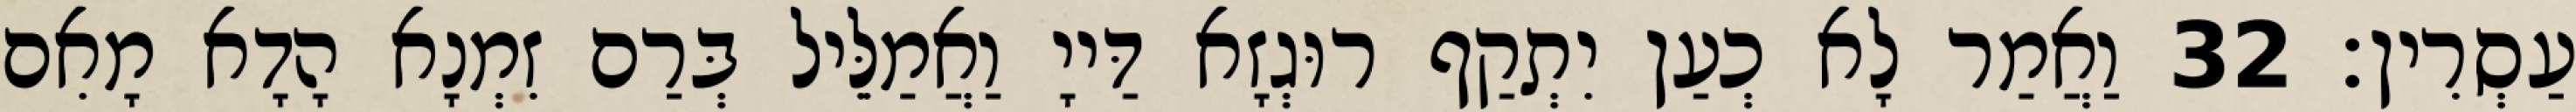
עַסְרִין׃ 32 וַאֲמַר לָא כְעַן יִתְקַף רוּגְזָא דַּייָ וַאֲמַלֵּיל בְּרַם זִמְנָא הָדָא מָאִם